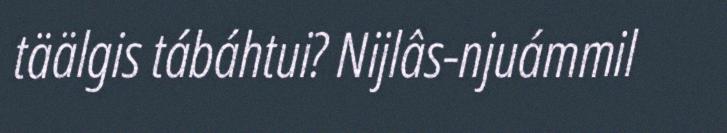
täälgis tábáhtui? Nijlâs-njuámmil